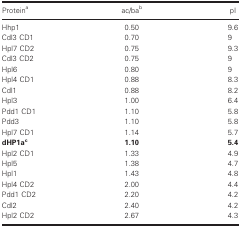
| Proteina | ac/bab | pI |
 | --- | --- | --- |
 | Hhp1 | 0.50 | 9.6 |
 | Cdl3 CD1 | 0.70 | 9 |
 | Hpl7 CD2 | 0.75 | 9.3 |
 | Cdl3 CD2 | 0.75 | 9 |
 | Hpl6 | 0.80 | 9 |
 | Hpl4 CD1 | 0.88 | 8.3 |
 | Cdl1 | 0.88 | 8.2 |
 | Hpl3 | 1.00 | 6.4 |
 | Pdd1 CD1 | 1.10 | 5.8 |
 | Pdd3 | 1.10 | 5.8 |
 | Hpl7 CD1 | 1.14 | 5.7 |
 | dHP1ac | 1.10 | 5.4 |
 | Hpl2 CD1 | 1.33 | 4.9 |
 | Hpl5 | 1.38 | 4.7 |
 | Hpl1 | 1.43 | 4.8 |
 | Hpl4 CD2 | 2.00 | 4.4 |
 | Pdd1 CD2 | 2.20 | 4.2 |
 | Cdl2 | 2.40 | 4.2 |
 | Hpl2 CD2 | 2.67 | 4.3 |